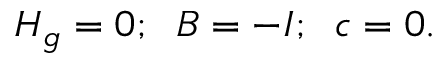
H _ { g } = 0 ; \; \; B = - I ; \; \; c = 0 .